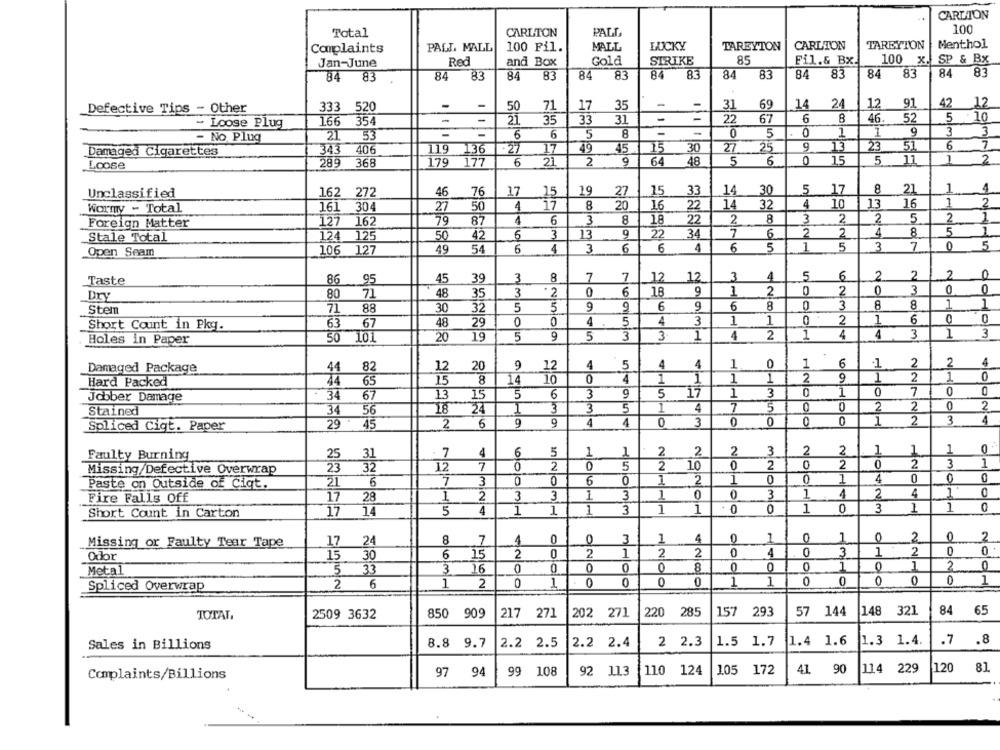
CARLTON
..
100
Total
CARLTON
PATT,
MALL
LUCKY
TAREYTON
CARLTON
TAREYION
Menthol
Complaints
PALL MALL
100 Fil.
Red
STRIKE
85
Fil.& Bx.
100 x. SP & Bx
Jan-June
and Box
Gold
83
83
84
83
84
83
84
83
84 83
84
83
84
83
84
-
-
50
71
17
35
-
-
31
69
14
24
12
91
42
42 12
12
Defective Tips - Other
333 520
354
-
35
33
31
-
22
67
6
8
46.
52
5 :10
- Loose Plug
166
21
21
-
6
6
5
8
-
-
0
5
0
1
1
9
3
3
- No, Plug
7
343
406
119
-27
17
49
45
15
30
27
25
9
13
23
51
6
Damaged Cigarettes
136
Loose
289
368
179
177
6
21
2
9
64
48
5
6
0
15
5
11
1
2
8
Unclassified
162 272
46
76
17
15
19
27
15
33
14
30
5 17
21
1
16
1
Wormy - Total
161 304
27
50
4
17
8
20
16
22
14
32
4
10
13
2
22
2
5
2
1
Foreign Matter
127 162
79
87
4
6
3
8
18
2
8
3
2
22
7
2
4
8
5
1
Stale Total
124 125
50
42
6
13
34
6
2
6
4
6
5
1
5
3
7
0
5
Open Seam
106
127
49
54
6
4
3
6
3
8
7
7
12
3
4
5
6
2
2
2
Taste
86
95
45
39
12
3
2
6
18
9
1
2
0
2
0
3
0
0
Dry
80
71
48
35
88
32
5
5
9
9
6
9
6
8
3
8
8
1
1
Stem
71
30
29
0
0
4
5
4
3
1
1
0
2
6
0
Short Count in Pkg.
63
67
48
50 101
20
19
5
9
5
3
3
1
4
2
1
4
4
3
1
3
Holes in Paper
Damaged Package
44
12
20
9
12
4
5
4
4
1
0
1
6
2
2
82
Hard Packed
34
65
15
8
14
10
0
4
1
1
1
1
2
9
1
2
1
0
0
0
Jobber Damage
: 34
67
13
15
5
6
3
9
5
17
1
3
1
7
0
0
2
Stained
34
56
18
24
1
3
3
1
4
7
5
2
2
0
0
0
2
3
4
Spliced Ciqt. Paper
29 45
2
6
9
9
4
0
3
5
2
2
3
2
2
1
1
0
Faulty Burning
31
7
4
6
1
2
0
5
2
10
2
0
2
0
2
3
13
1
Missing/Defective Overwrap
32
12
NO
7
3
0
0
6
1
2
1
0
1
4
0
0
Paste on Outside of Ciqt.
21
6
0
1
2
3
3
1
0
0
3
1
2
4
0
Fire Falls Off
17
28
3
5
4
1
1
1
3
1
0
1
0
1
0
Short Count in Carton
17
14
24
8
7
1
C
0
3
1
4
0
1
1
0
2
0
2
Missing or Faulty Tear Tape
17
Odor
30
6
15
2
0
2
1
2
2
0
0
3
1
2
0
15
Metal
33
3
16
0
0
0
0
8
0
0
0
2
0
5
2 6
1
2
0
1
0
0
0
0
1
1
) 0
0
HO
1
Spliced Overwrap
TOTAL,
2509 3632
850 909
217 271
202 271
220
285
157 293
57 144
148
321
84
65
Sales in Billions
8.8 9.7
2.2 2.5
2.2 2.4
2 2.3
1.5 1.7
1.4 1.6
1.3 1.4.
1.8
Complaints/Billions
97
94
99 108
92 113
110 124
105 172
41 90
114 229
120 81